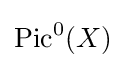
{\text{Pic}}^{0}(X)